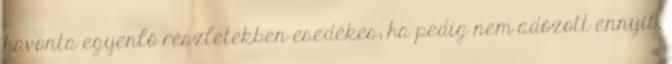
havonta egyenlő részletekben esedékes; ha pedig nem adózott ennyit,